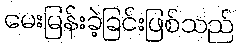
မေးမြန်းခဲ့ခြင်းဖြစ်သည်